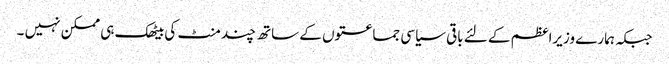
جبکہ ہمارے وزیراعظم کے لئے باقی سیاسی جماعتوں کے ساتھ چند منٹ کی بیٹھک ہی ممکن نہیں ۔